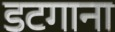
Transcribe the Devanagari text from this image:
डटगाना